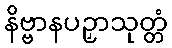
နိဗ္ဗာနပဉှာသုတ္တံ